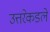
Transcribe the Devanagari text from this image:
उत्तरेकडले